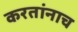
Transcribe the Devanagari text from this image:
करतांनाच